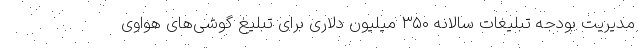
مدیریت بودجه تبلیغات سالانه ۳۵۰ میلیون دلاری برای تبلیغ گوشی‌های هواوی